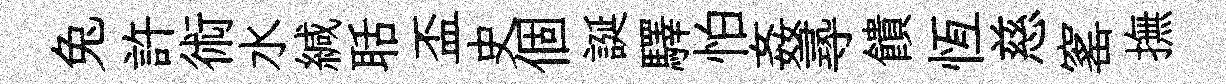
兔許術水緘聒盃史個誕驛怕姦𡬶饋恆慈窰撫